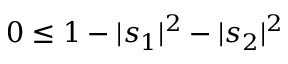
0 \leq 1 - | s _ { 1 } | ^ { 2 } - | s _ { 2 } | ^ { 2 }